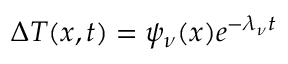
\Delta { T } ( x , t ) = \psi _ { \nu } ( x ) e ^ { - \lambda _ { \nu } t }